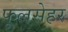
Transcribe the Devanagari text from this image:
फूलसेहर